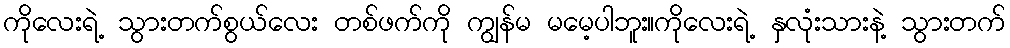
ကိုလေးရဲ့ သွားတက်စွယ်လေး တစ်ဖက်ကို ကျွန်မ မမေ့ပါဘူး။ကိုလေးရဲ့ နှလုံးသားနဲ့ သွားတက်